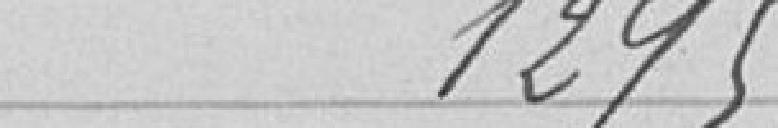
1 295